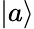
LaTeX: \left\vert a\right\rangle